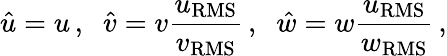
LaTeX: \hat{u}=u\, ,\; \; \hat{v}=v\frac{u_{\mathrm{RMS}}}{v_{\mathrm{RMS}}}\, ,\; \; \hat{w}=w\frac{u_{\mathrm{RMS}}}{w_{\mathrm{RMS}}}\, ,